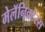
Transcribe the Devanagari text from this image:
मेलॅनिक्टेरस